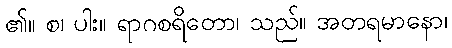
၏။ စ၊ ပါး။ ရာဂစရိတော၊ သည်။ အတရမာနော၊